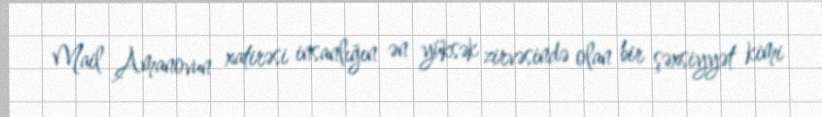
Mail Amanovun xatirəsi insanlığın ən yüksək zirvəsində olan bir şəxsiyyət kimi